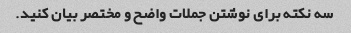
سه نکته برای نوشتن جملات واضح و مختصر بیان کنید.